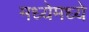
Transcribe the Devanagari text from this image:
मध्येमध्ये